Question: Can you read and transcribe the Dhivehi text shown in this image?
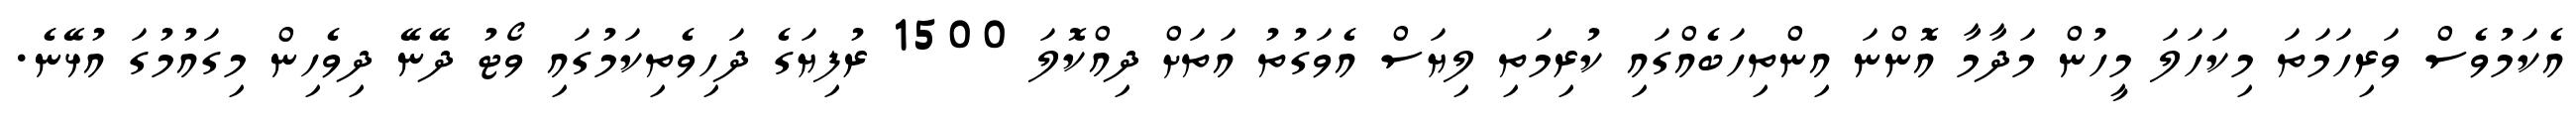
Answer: އެކަމުވެސް ވަރިހަމަތަ މިކަހަލަ މީހުން މަދާމާ އޮންނަ އިންތިހަބެއްގައި ކުރިމަތި ލިޔަސް އެވަގުތު އަތަށް ދިއްކޮލަ 1500 ރުފިޔަގެ ދަހިވެތިކަމުގައި ވޯޓު ދޭނޭ ދިވެހިން މިގައުމުގަ އުޅޭނެ.